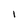
Character: l